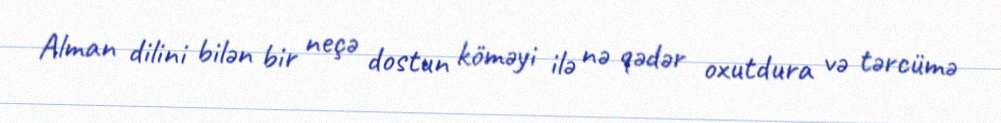
Alman dilini bilən bir neçə dostun köməyi ilə nə qədər oxutdura və tərcümə